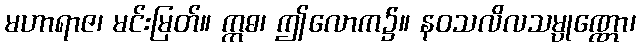
မဟာရာဇ၊ မင်းမြတ်။ ဣဓ၊ ဤလောက၌။ နဝသလိလသမ္ပုဏ္ဏော၊